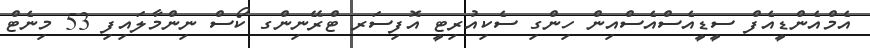
އެމްއެންޑީއެފް ސީޑީއެސްއެސްއިން ހިންގި ސެކިއުރިޓީ އޮފިސަރ ޓްރޭނިންގ ކޯސް ނިންމާލައިފި 53 މިނެޓް